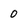
Character: 0